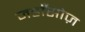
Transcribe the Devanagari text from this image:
जहाँसोज़